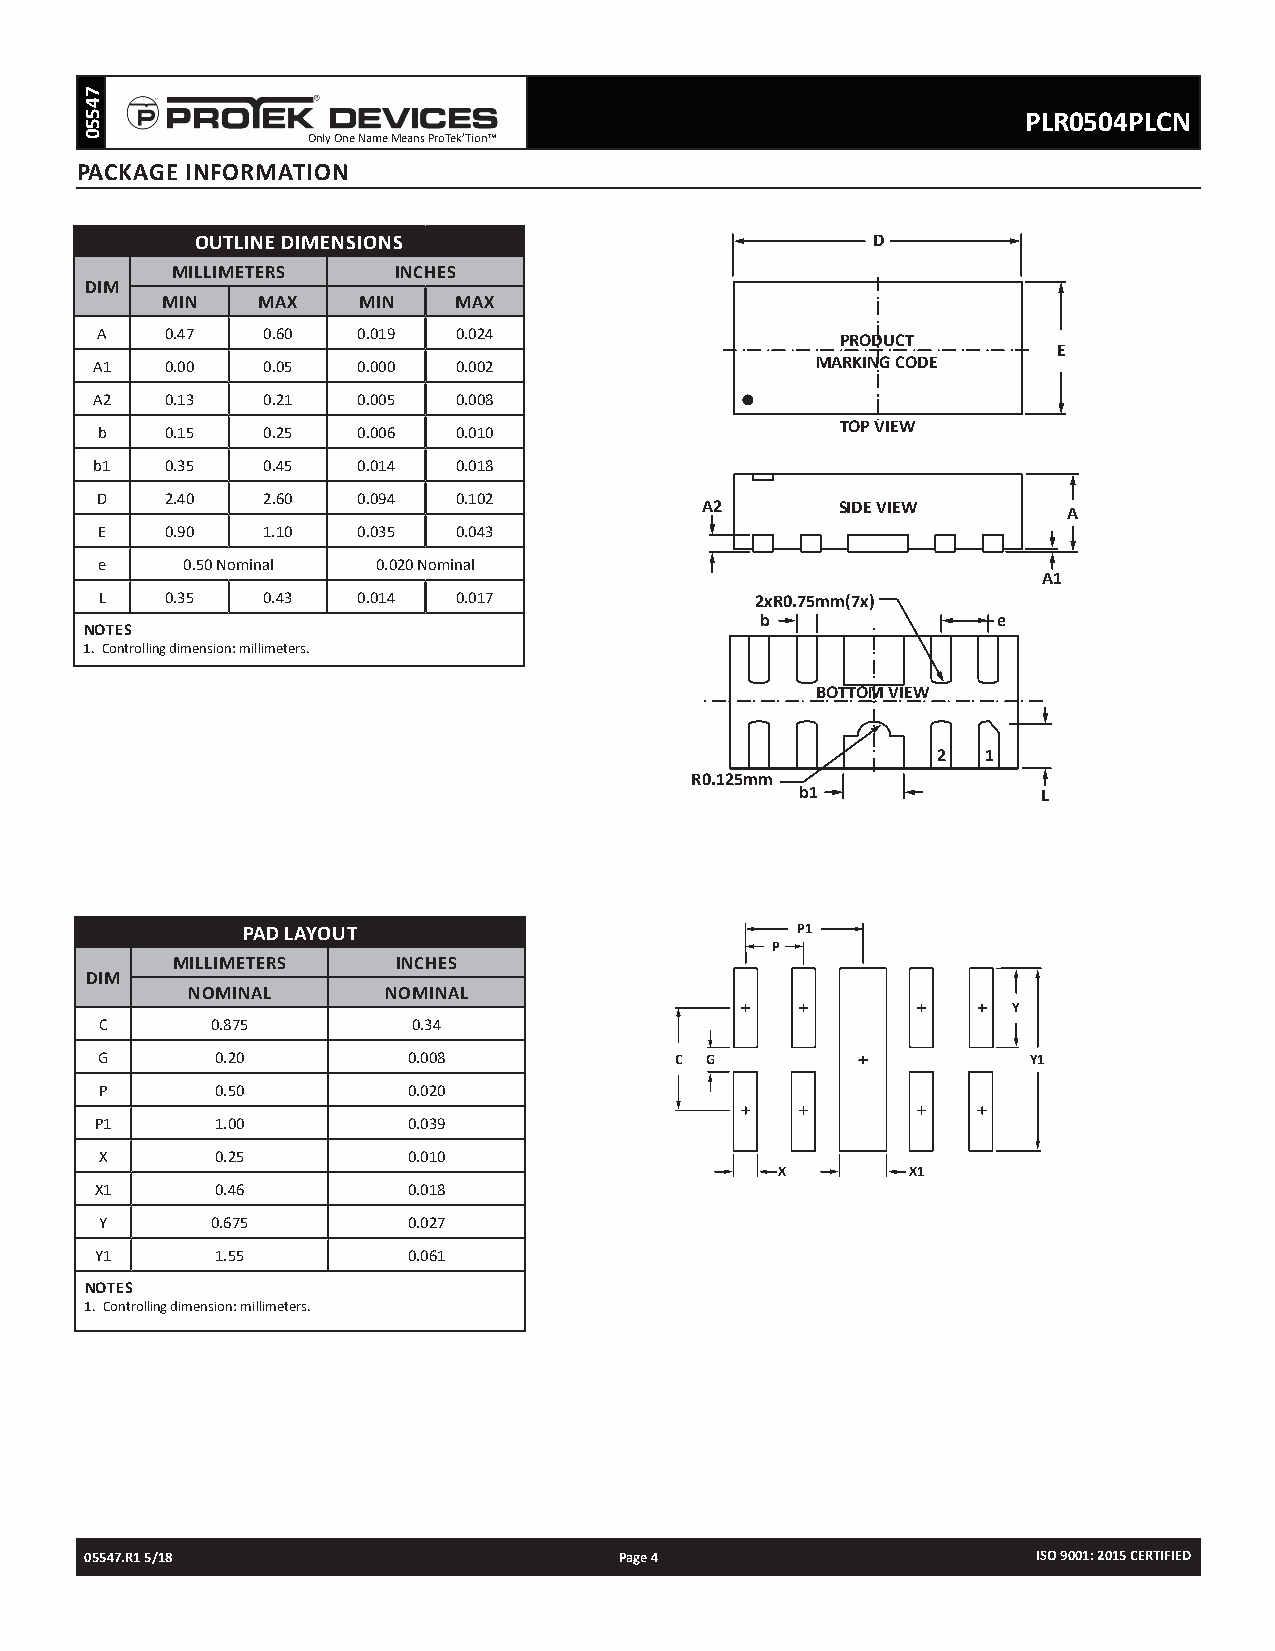
PLR0504PLCN
 Only One Name Means ProTek’Tion™
 PACKAGE INFORMATION
 OUTLINE DIMENSIONS                           D
 MILLIMETERS    INCHES
 DIM
 MIN   MAX    MIN   MAX
 A    0.47  0.60   0.019 0.024                     PRODUCT
 E
 A1   0.00  0.05   0.000 0.002                   MARKING CODE
 A2   0.13  0.21   0.005 0.008
 TOP VIEW
 b    0.15  0.25   0.006 0.010
 b1   0.35  0.45   0.014 0.018
 D    2.40  2.60   0.094 0.102
 A2        SIDE VIEW
 A
 E    0.90  1.10   0.035 0.043
 e     0.50 Nominal 0.020 Nominal
 A1
 L   0.35  0.43   0.014 0.017               2xR0.75mm(7x)
 b               e
 NOTES
 1. Controlling dimension: millimeters.
 BOTTOM VIEW
 2  1
 R0.125mm
 b1              L
 PAD LAYOUT                           P1
 P
 MILLIMETERS    INCHES
 DIM
 NOMINAL       NOMINAL
 Y
 C      0.875        0.34
 G       0.20         0.008             C G                    Y1
 P      0.50         0.020
 P1      1.00         0.039
 X      0.25         0.010
 X       X1
 X1      0.46         0.018
 Y      0.675        0.027
 Y1      1.55         0.061
 NOTES
 1. Controlling dimension: millimeters.
 05547.R1 5/18                      Page 4                      ISO 9001: 2015 CERTIFIED
 74550